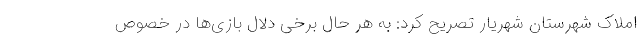
املاک شهرستان شهریار تصریح کرد: به هر حال برخی دلال بازی‌ها در خصوص